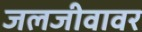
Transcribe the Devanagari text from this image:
जलजीवावर